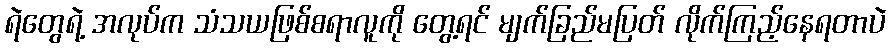
ရဲတွေရဲ့ အလုပ်က သံသယဖြစ်စရာလူကို တွေ့ရင် မျက်ခြည်မပြတ် လိုက်ကြည့်နေရတာပဲ